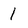
Character: I